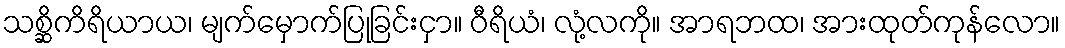
သစ္ဆိကိရိယာယ၊ မျက်မှောက်ပြုခြင်းငှာ။ ဝီရိယံ၊ လုံ့လကို။ အာရဘထ၊ အားထုတ်ကုန်လော။